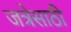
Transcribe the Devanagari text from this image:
जत्रेसाठी